King Institute of Preventive Medicine Micro-Biological Section reports 1909-11
Year: 1909
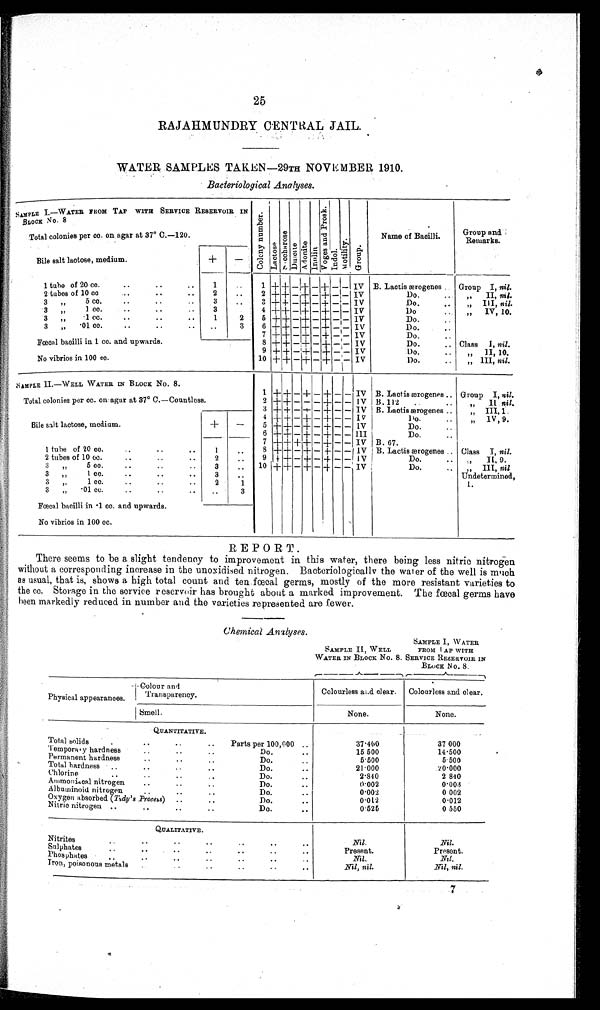
25
RAJAHMUNDRY CENTRAL JAIL.
WATER SAMPLES TAKEN—29TH NOVEMBER 1910.
Bacteriological Analyses.
SAMPLE I.—WATER FROM TAP WITH SERVICE RESERVOIR IN
BLocK No. 8
C o l o n y n u m b e r .
L a c t o s e
S a c c b a r o s e
D u l c i t e A d o n i t e I n u l i n
V o g e s a n d P r o s k .
I n d o l .
M o t i l i t y .
G r o u p .
Name of Bacilli.
Group and
Remarks.
Total colonies per cc. on agar at 37° C.—120.
Bile salt lactose, medium.
+
-
1 tube of 20 cc.
..
..
.. 1
. . 1 + + - + - + - - IV B. Lactis ærogenes Group I, nil.
2 tubes of 10 cc.
..
..
.. 2 .. 2 + + -
+ — + -
— IV
Do.
. .
" II, nil.
3
" 5
c c
. . .
. .
. . 3 .. 3 + + - + — + -
— IV
Do.
. . " III, nil.
3 "
1 c c .
. .
. .
. .
3
4 + + — + — + - - IV
D
o .
. .
" IV, 10.
3 "
- 1 c c .
. .
. .
. . 1
2 5 + + -
++
- + - - IV
Do.
. .
3
"
- 0 1 c c .
. .
.
.
. . . .
3 6 + + — + — + — — IV
D.
..
7 + + - -
+ - + - - IV
Do.
. .
F œ c a l b a c i l l i i n 1 c c . a n d u p w a r d s .
8 + + -
++
- + - - IV
Do.
.. Class I, nil.
9 + + - + — + -
— IV
Do
..
" II, 1 0 .
No vibrios in 100 cc.
10 + + - + - + - - IV
Do.
..
" III, nil.
SAMPLE II.—WELL WATER IN BLOCK NO. 8.
1 + + — + - + — — IV B. Lactis ærogenes .. Group I, nil.
Total colonies per cc. on agar at 37° C.—Countless.
2 +
++ - - — + — — IV B. 112
..
.. " II, nil.
.
3 + + — + — + — — IV B. Lactis ærogenes . .
" III, 1
4 + + - + - + — — IV
Do.
. .
" IV, 9.
Bile salt lactose, medium.
+
- 5 + + - + - + - - IV
Do.
. .
6 + + —- + —
+
— — III
Do.
. .
7 + + +
++ - + — — IV B. 67.
1 tube of 20 cc.
..
..
.. 1 ..
8 + + - + — + — — IV B. Lactis ærogenes .. Class I, nil.
2 tubes of 10 cc. . .
. .
. . 2 .. 9 + + - + - + - - I V
Do.
.. "
I I 9.
3 " 5 cc.
..
. .
. . 3 .. 10 + + — + — + - - IV
Do.
..
"
I I I nil
3 " 1 cc.
..
..
. .
3 ..
Undetermined.,
3 "
1 c c .
. .
..
2
1
1.
3 "
- 0 1 c c .
. .
. .
. . ..
3
Fœcal bacilli in -1cc. and upwards.
No vibrios in 100 cc.
REPORT.
There seems to be a slight tendency to improvement in this water, there being less nitric nitrogen
without a corresponding increase in the unoxidised nitrogen. Bacteriologically the water of the well is much
as usual, that is, shows a high total count and ten fœcal germs, mostly of the more resistant varieties to
the cc. Storage in the service reservoir has brought about a marked improvement. The fœcal germs have
been markedly reduced in number and the varieties represented are fewer.
Chemical Analyses.
SAMPLE II, WELL
WATER IN BLOCK No. 8.
SAMPLE I, WATER
FROM I AP WITH
SERVICE RESERVOIR IN
BLOCK No. 8.
Physical appearances.
Colour a nd Transparency.
Colourless and clear. Colourless and clear.
Smell.
None.
None.
QUANTITATIVE.
Total solids
.. .. .. ..
Parts per 100,000 ..
37.400
37 000
Temporary hardness .. .
.
..
Do.
..
15 500
14.500
Permanent hardness
..
..
..
Do.
. .
5.500
5 500
Total hardness .. .. .. ..
Do.
..
21.000
20.000
Chlorine
..
..
..
. .
D o .
. .
2.840
2 840
Ammoniacal nitrogen .. .. ..
Do.
..
0 . 0 0 2
0 . 0 0 3
Albuminoid nitrogen ..
..
..
Do.
..
0.002
0 002
Oxygen absorbed (Tady's Process) ..
..
Do
.
. .
0.012
0.012
Nitric nitrogen ..
..
..
. .
Do.
. .
0.525
0 550
QUALITATIVE.
Nitrites
.. .. ..
.. ..
..
..
Nil.
Nil.
Sulphates
..
..
..
..
..
.
.
..
Present.
Present.
Phosphates
.. .. .. .. .. .. ..
N i l .
Nit.
Iron, poisonous metals .. .. ..
.. ..
..
Nil, nil.
N i l , n i l .